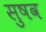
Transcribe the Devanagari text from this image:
सुषव